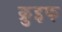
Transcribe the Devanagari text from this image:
क्रुइफ